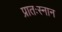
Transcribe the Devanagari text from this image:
प्रातःस्नान